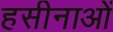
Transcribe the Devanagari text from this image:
हसीनाओं